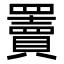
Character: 𦌷